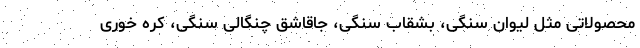
محصولاتی مثل لیوان سنگی، بشقاب سنگی، جاقاشق چنگالی سنگی، کره خوری